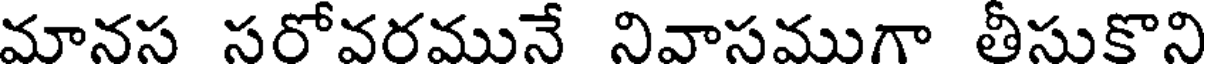
మానస సరోవరమునే నివాసముగా తీసుకొని